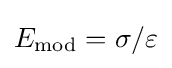
E_{\text{mod}}=\sigma /\varepsilon